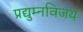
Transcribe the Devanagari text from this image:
प्रद्युम्नविजय